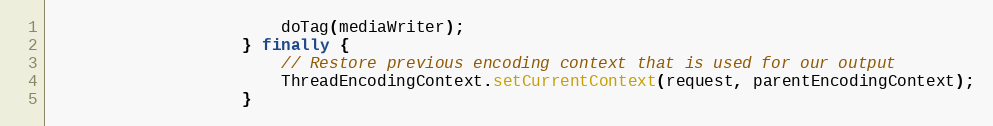
Language: Java
						doTag(mediaWriter);
					} finally {
						// Restore previous encoding context that is used for our output
						ThreadEncodingContext.setCurrentContext(request, parentEncodingContext);
					}